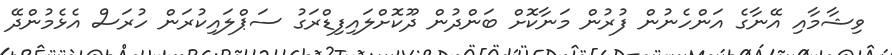
ވިޝާމާއި އޭނާގެ އަންހެނުން ފުރުން މަނާކޮށް ބަންދުން ދޫކޮށްލައިފިޑްރަގު ސަޕްލައިކުރަން ހުރަސް އެޅެމުންދޭ